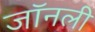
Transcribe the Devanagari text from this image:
जॉनली